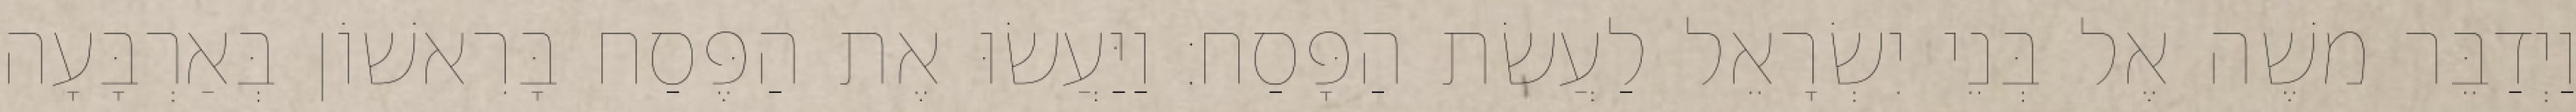
וַיְדַבֵּר משֶׁה אֶל בְּנֵי יִשְׂרָאֵל לַעֲשׂת הַפָּסַח׃ וַיַּעֲשׂוּ אֶת הַפֶּסַח בָּרִאשׁוֹן בְּאַרְבָּעָה